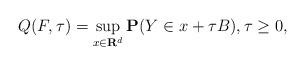
LaTeX: \begin{align*}Q(F,\tau)=\sup_{x\in\mathbf{R}^d}\mathbf{P}(Y\in x+ \tau B), \tau\geq0, \end{align*}